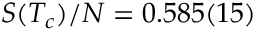
S ( T _ { c } ) / N = 0 . 5 8 5 ( 1 5 )